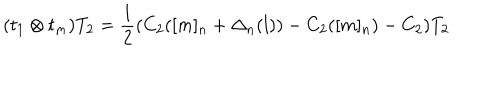
( t _ { 1 } \otimes t _ { m } ) T _ { 2 } = \frac { 1 } { 2 } ( C _ { 2 } ( [ m ] _ { n } + \Delta _ { n } ( l ) ) - C _ { 2 } ( [ m ] _ { n } ) - C _ { 2 } ) T _ { 2 }